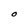
Character: O